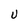
Character: U